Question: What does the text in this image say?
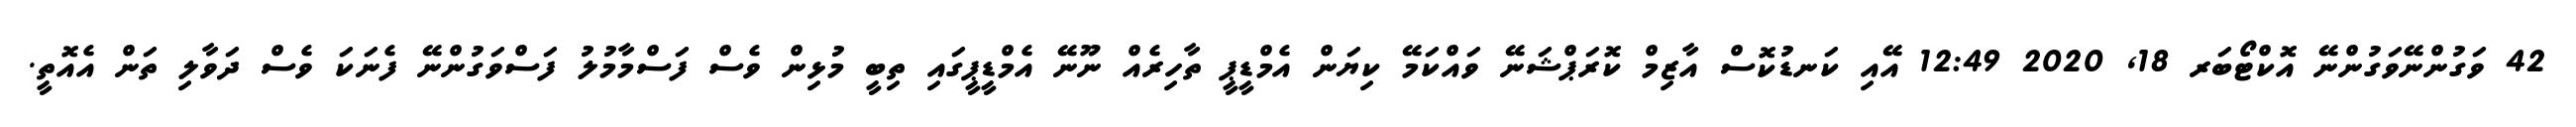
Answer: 42 ވަގުންނޭވަގުންނޭ އޮކްޓޯބަރ 18, 2020 12:49 އޭއި ކަނޑުކޮސް އާޒިމް ކޮރަޕްޝަނޭ ވައްކަމޭ ކިޔަން އެމްޑީޕީ ތާހިރެއް ނޫނޭ އެމްޑީޕީގައި ތިބީ މުޅިން ވެސް ފަސްމާމުލު ފަސްވަގުންނޭ ފެނަކަ ވެސް ދަވާލި ތަން އެއޮތީ.